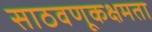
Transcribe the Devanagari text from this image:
साठवणूकक्षमता